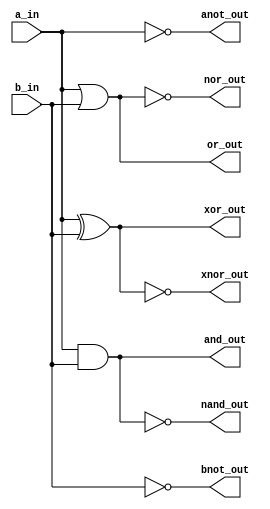
`timescale 1ns / 1ps
//////////////////////////////////////////////////////////////////////////////////
// Company: 
// Engineer: 
// 
// Design Name: 
// Module Name: logic_gates
// Project Name: 
// Target Devices: 
// Tool Versions: 
// Description: 
// 
// Dependencies: 
// 
// Revision:
// Revision 0.01 - File Created
// Additional Comments:
// 
//////////////////////////////////////////////////////////////////////////////////


module logic_gates(a_in, b_in,and_out, or_out, xor_out, anot_out, bnot_out, nand_out, nor_out, xnor_out
    );
    input a_in, b_in;
    output and_out, or_out, xor_out, anot_out, bnot_out, nand_out, nor_out, xnor_out;
    and(and_out,a_in,b_in);    
    or(or_out,a_in,b_in);
    xor(xor_out,a_in,b_in);
    not(anot_out,a_in);
    not(bnot_out,b_in);
    nand(nand_out,a_in,b_in);
    nor(nor_out,a_in,b_in);
    xnor(xnor_out,a_in,b_in);
endmodule